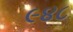
૯૪૮